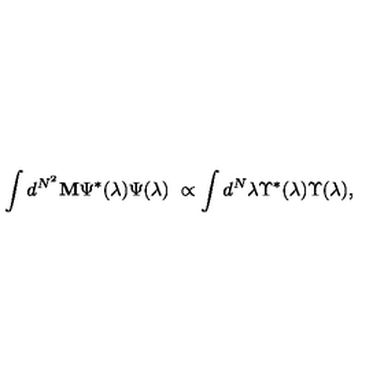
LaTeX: \int d ^ { N ^ { 2 } } { \bf M } { \Psi } ^ { * } ( \lambda ) { \Psi } ( \lambda ) \ \propto \int d ^ { N } \lambda { \Upsilon } ^ { * } ( \lambda ) { \Upsilon } ( \lambda ) ,